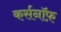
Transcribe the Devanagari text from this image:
कर्सनॉफ़